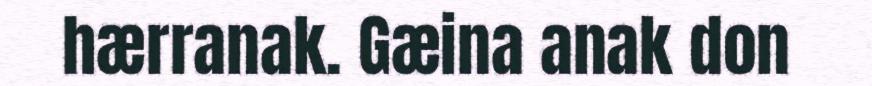
hærranak. Gæina anak don